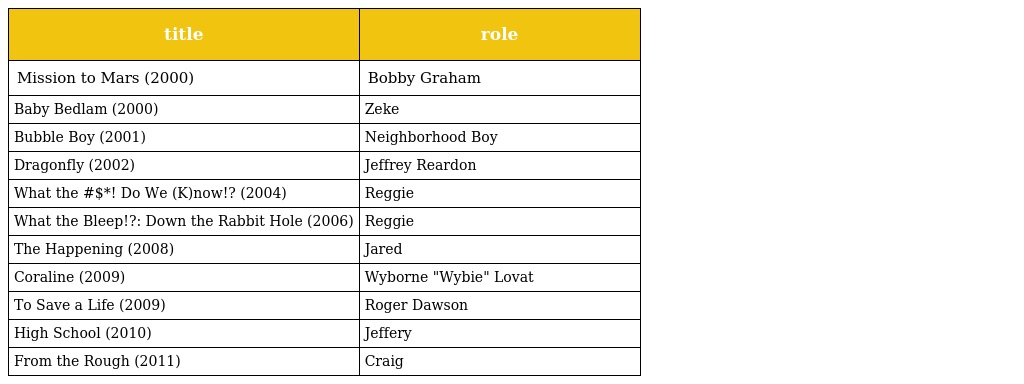
| title | role |
 | --- | --- |
 | Mission to Mars (2000) | Bobby Graham |
 | Baby Bedlam (2000) | Zeke |
 | Bubble Boy (2001) | Neighborhood Boy |
 | Dragonfly (2002) | Jeffrey Reardon |
 | What the #$*! Do We (K)now!? (2004) | Reggie |
 | What the Bleep!?: Down the Rabbit Hole (2006) | Reggie |
 | The Happening (2008) | Jared |
 | Coraline (2009) | Wyborne "Wybie" Lovat |
 | To Save a Life (2009) | Roger Dawson |
 | High School (2010) | Jeffery |
 | From the Rough (2011) | Craig |